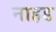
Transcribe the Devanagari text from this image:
नाहड